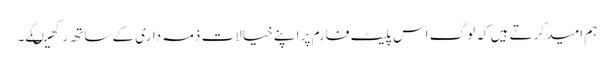
ہم امید کرتے ہیں کہ لوگ اس پلیٹ فارم پر اپنے خیالات ذمہ داری کے ساتھ رکھیںگے۔